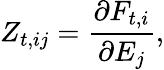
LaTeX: Z_{t,ij}=\frac{\partial F_{t,i}}{\partial E_{j}},